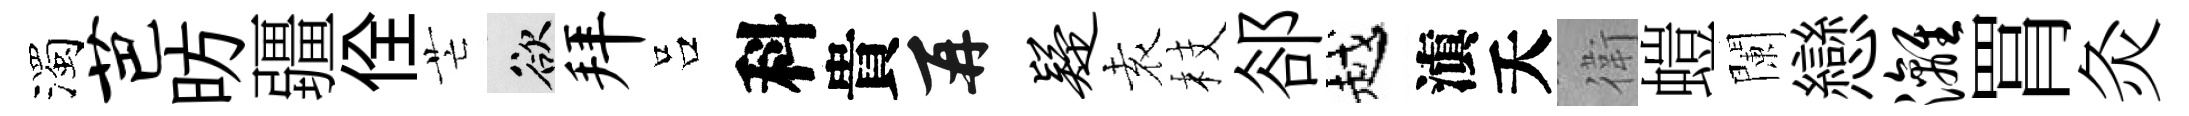
濁芭昉疆佺芒欲拜吕科貴再疑𡊮枝郤越滇夭衛螘闌戀漓罥灸